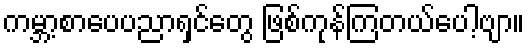
ကမ္ဘာ့စာပေပညာရှင်တွေ ဖြစ်ကုန်ကြတယ်ပေါ့ဗျာ။